Report of the veterinary officer investigating camel disease
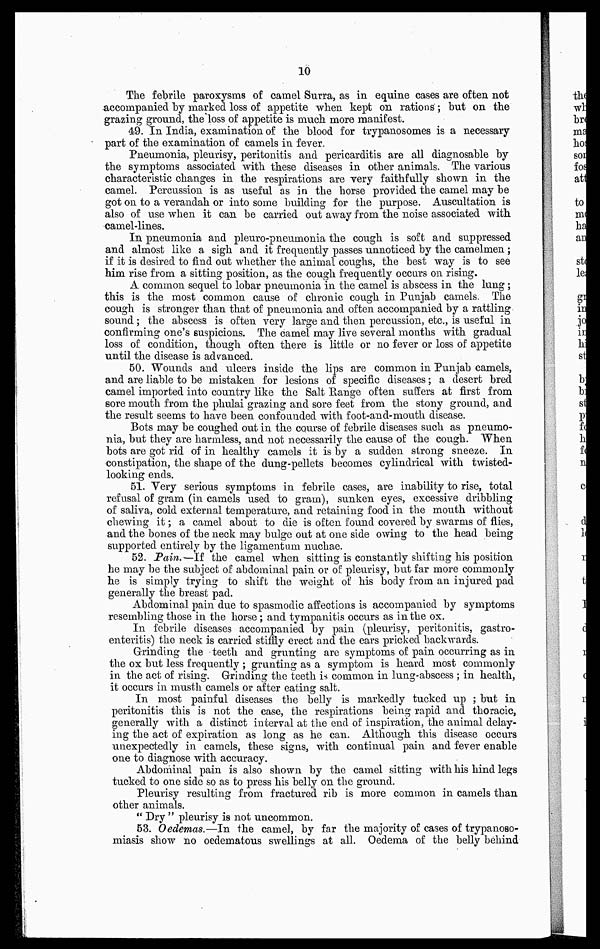
10
The febrile paroxysms of camel Surra, as in equine cases are often not
accompanied by marked loss of appetite when kept on rations ; but on the
grazing ground, the loss of appetite is much more manifest.
49. In India, examination of the blood for trypanosomes is a necessary-
part of the examination of camels in fever.
Pneumonia, pleurisy, peritonitis and pericarditis are all diagnosable by
the symptoms associated with these diseases in other animals. The various
characteristic changes in the respirations are very faithfully shown in the
camel. Percussion is as useful as in the horse provided the camel may be
got on to a verandah or into some building for the purpose. Auscultation is
also of use when it can be carried out away from the noise associated with
camel-lines.
In pneumonia and pleuro-pneumonia the cough is soft and suppressed
and almost like a sigh and it frequently passes unnoticed by the camelmen ;
if it is desired to find out whether the animal coughs, the best way is to see
him rise from a sitting position, as the cough frequently occurs on rising.
A common sequel to lobar pneumonia in the camel is abscess in the lung ;
this is the most common cause of chronic cough in Punjab camels. The
cough is stronger than that of pneumonia and often accompanied by a rattling
sound ; the abscess is often very large and then percussion, etc., is useful in
confirming one's suspicions. The camel may live several months with gradual
loss of condition, though often there is little or no fever or loss of appetite
until the disease is advanced.
50. Wounds and ulcers inside the lips are common in Punjab camels,
and are liable to be mistaken for lesions of specific diseases ; a desert bred
camel imported into country like the Salt Range often suffers at first from
sore mouth from the phulai grazing and sore feet from the stony ground, and
the result seems to have been confounded with foot-and-mouth disease.
Bots may be coughed out in the course of febrile diseases such as pneumo-
nia, but they are harmless, and not necessarily the cause of the cough. When
bots are got rid of in healthy camels it is by a sudden strong sneeze. In
constipation, the shape of the dung-pellets becomes cylindrical with twisted-
looking ends.
51. Very serious symptoms in febrile cases, are inability to rise, total
refusal of gram (in camels used to gram), sunken eyes, excessive dribbling
of saliva, cold external temperature, and retaining food in the mouth without
chewing it ; a camel about to die is often found covered by swarms of flies,
and the bones of the neck may bulge out at one side owing to the head being
supported entirely by the ligamentum nuchae.
52. Pain.— If the camel when sitting is constantly shifting his position
he may be the subject of abdominal pain or of pleurisy, but far more commonly
he is simply trying to shift the weight of his body from an injured pad
generally the breast pad.
Abdominal pain due to spasmodic affections is accompanied by symptoms
resembling those in the horse ; and tympanitis occurs as in the ox.
In febrile diseases accompanied by pain (pleurisy, peritonitis, gastro-
enteritis) the neck is carried stiffly erect and the ears pricked backwards.
Grinding the teeth and grunting are symptoms of pain occurring as in
the ox but less frequently ; grunting as a symptom is heard most commonly
in the act of rising. Grinding the teeth is common in lung-abscess ; in health,
it occurs in musth camels or after eating salt.
In most painful diseases the belly is markedly tucked up ; but in
peritonitis this is not the case, the respirations being rapid and thoracic,
generally with a distinct interval at the end of inspiration, the animal delay-
ing the act of expiration as long as he can. Although this disease occurs
unexpectedly in camels, these signs, with continual pain and fever enable
one to diagnose with accuracy.
Abdominal pain is also shown by the camel sitting with his hind legs
tucked to one side so as to press his belly on the ground.
Pleurisy resulting from fractured rib is more common in camels than
other animals.
" Dry " pleurisy is not uncommon.
53. 0edemas.—In the camel, by far the majority of cases of trypanoso-
miasis show no oedematous swellings at all. Oedema of the belly behind